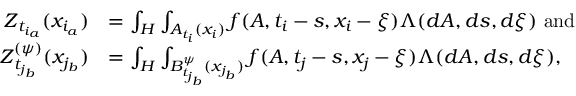
\begin{array} { r l } { \boldsymbol { Z } _ { t _ { i _ { a } } } ( x _ { i _ { a } } ) } & { = \int _ { H } \int _ { A _ { t _ { i } } ( x _ { i } ) } f ( A , t _ { i } - s , x _ { i } - \xi ) \Lambda ( d A , d s , d \xi ) \mathrm { ~ a n d ~ } } \\ { \boldsymbol { Z } _ { t _ { j _ { b } } } ^ { ( \psi ) } ( x _ { j _ { b } } ) } & { = \int _ { H } \int _ { B _ { t _ { j _ { b } } } ^ { \psi } ( x _ { j _ { b } } ) } f ( A , t _ { j } - s , x _ { j } - \xi ) \Lambda ( d A , d s , d \xi ) , } \end{array}